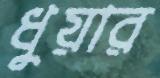
ধুয়ার